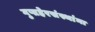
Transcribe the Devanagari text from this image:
गुप्तहेरसंस्थांना